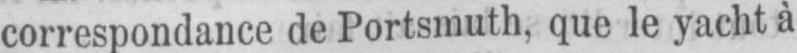
correspondance de Portsmuth, que le yacht à